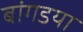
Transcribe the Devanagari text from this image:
बांगडया